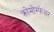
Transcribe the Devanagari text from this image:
क्रोमोस्फेअर